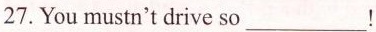
27.You mustn't drive so___!